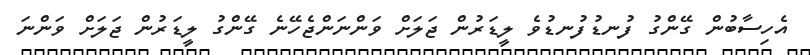
އެހިސާބުން ގޭންގު ފުނޑުފުނޑުވެ ލީޑަރުން ޖަލަށް ވަންނަންޖެހޭނެ ގޭންގު ލީޑަރުން ޖަލަށް ވަންނަ